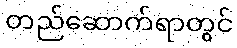
တည်ဆောက်ရာတွင်